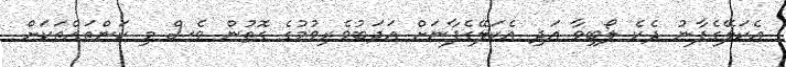
އެކަލޭގެފާނު ދެކެ ލޯބިވާ އަދި އެކަލޭގެފާނަށް އަދަބުވެރިވުމުގެ ގޮތުން ވެސް މި ކަންތައްތަކަށް